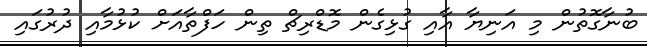
ބުނާގޮތުން މި އަނިޔާ އާއި ގުޅިގެން މޮޑްރިޗް ތިން ހަފްތާއަށް ކުޅުމާއި ދުރުގައި